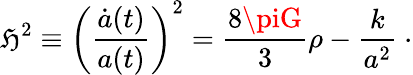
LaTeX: \mathfrak{H}^{2}\equiv\left(\frac{{\dot{{a}}(t)}}{{a(t)}}\right)^{2}=\frac{{8\piG}}{{3}}\rho-\frac{{k}}{{a^{2}}}~\cdot